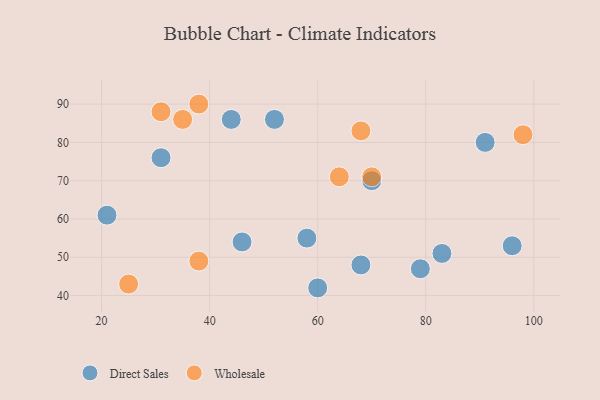
{"axis": {"x": "GDP", "y": "Life Expectancy"}, "legend": ["Direct Sales", "Wholesale"], "data": [{"x": "70", "y": 70, "type": "Direct Sales"}, {"x": "21", "y": 61, "type": "Direct Sales"}, {"x": "68", "y": 48, "type": "Direct Sales"}, {"x": "79", "y": 47, "type": "Direct Sales"}, {"x": "60", "y": 42, "type": "Direct Sales"}, {"x": "52", "y": 86, "type": "Direct Sales"}, {"x": "31", "y": 76, "type": "Direct Sales"}, {"x": "96", "y": 53, "type": "Direct Sales"}, {"x": "83", "y": 51, "type": "Direct Sales"}, {"x": "58", "y": 55, "type": "Direct Sales"}, {"x": "91", "y": 80, "type": "Direct Sales"}, {"x": "44", "y": 86, "type": "Direct Sales"}, {"x": "46", "y": 54, "type": "Direct Sales"}, {"x": "70", "y": 71, "type": "Wholesale"}, {"x": "64", "y": 71, "type": "Wholesale"}, {"x": "25", "y": 43, "type": "Wholesale"}, {"x": "98", "y": 82, "type": "Wholesale"}, {"x": "38", "y": 49, "type": "Wholesale"}, {"x": "38", "y": 90, "type": "Wholesale"}, {"x": "68", "y": 83, "type": "Wholesale"}, {"x": "31", "y": 88, "type": "Wholesale"}, {"x": "35", "y": 86, "type": "Wholesale"}]}